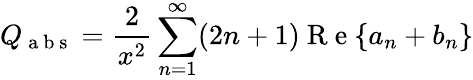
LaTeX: Q_{\mathrm{~a~b~s~}}=\frac{2}{x^{2}}\sum_{n=1}^{\infty}(2n+1)\mathrm{~R~e~}\{ a_{n}+b_{n}\}